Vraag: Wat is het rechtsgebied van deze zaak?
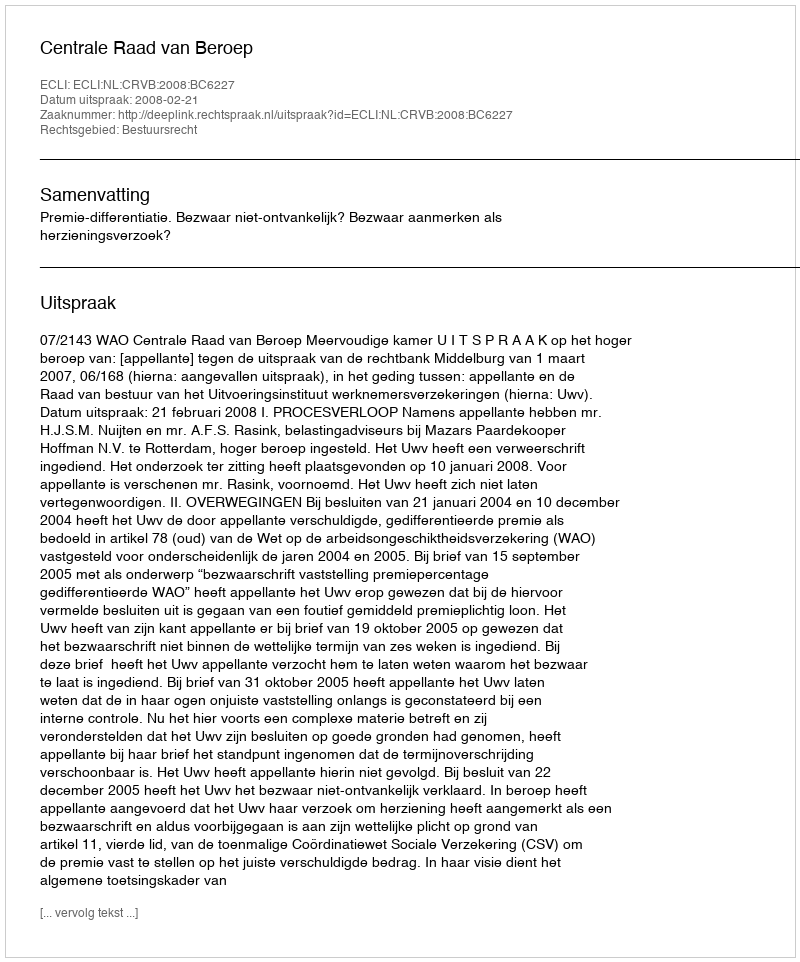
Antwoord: Bestuursrecht